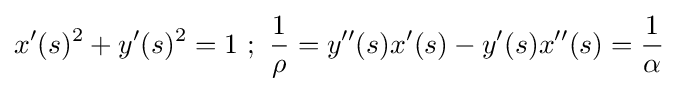
x^{\prime }(s)^{2}+y^{\prime }(s)^{2}=1\ ;\ {\frac {1}{\rho }}=y^{\prime \prime }(s)x^{\prime }(s)-y^{\prime }(s)x^{\prime \prime }(s)={\frac {1}{\alpha }}\